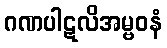
ဂဏပါဋလိအမ္ဗဝနံ